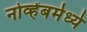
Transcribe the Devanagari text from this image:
नोव्हेंबर्मध्ये